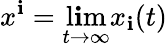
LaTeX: x^{\mathbf{i}}=\operatorname*{l\mathbf{i}m}_{t\to\infty}x_{\mathbf{i}}(t)